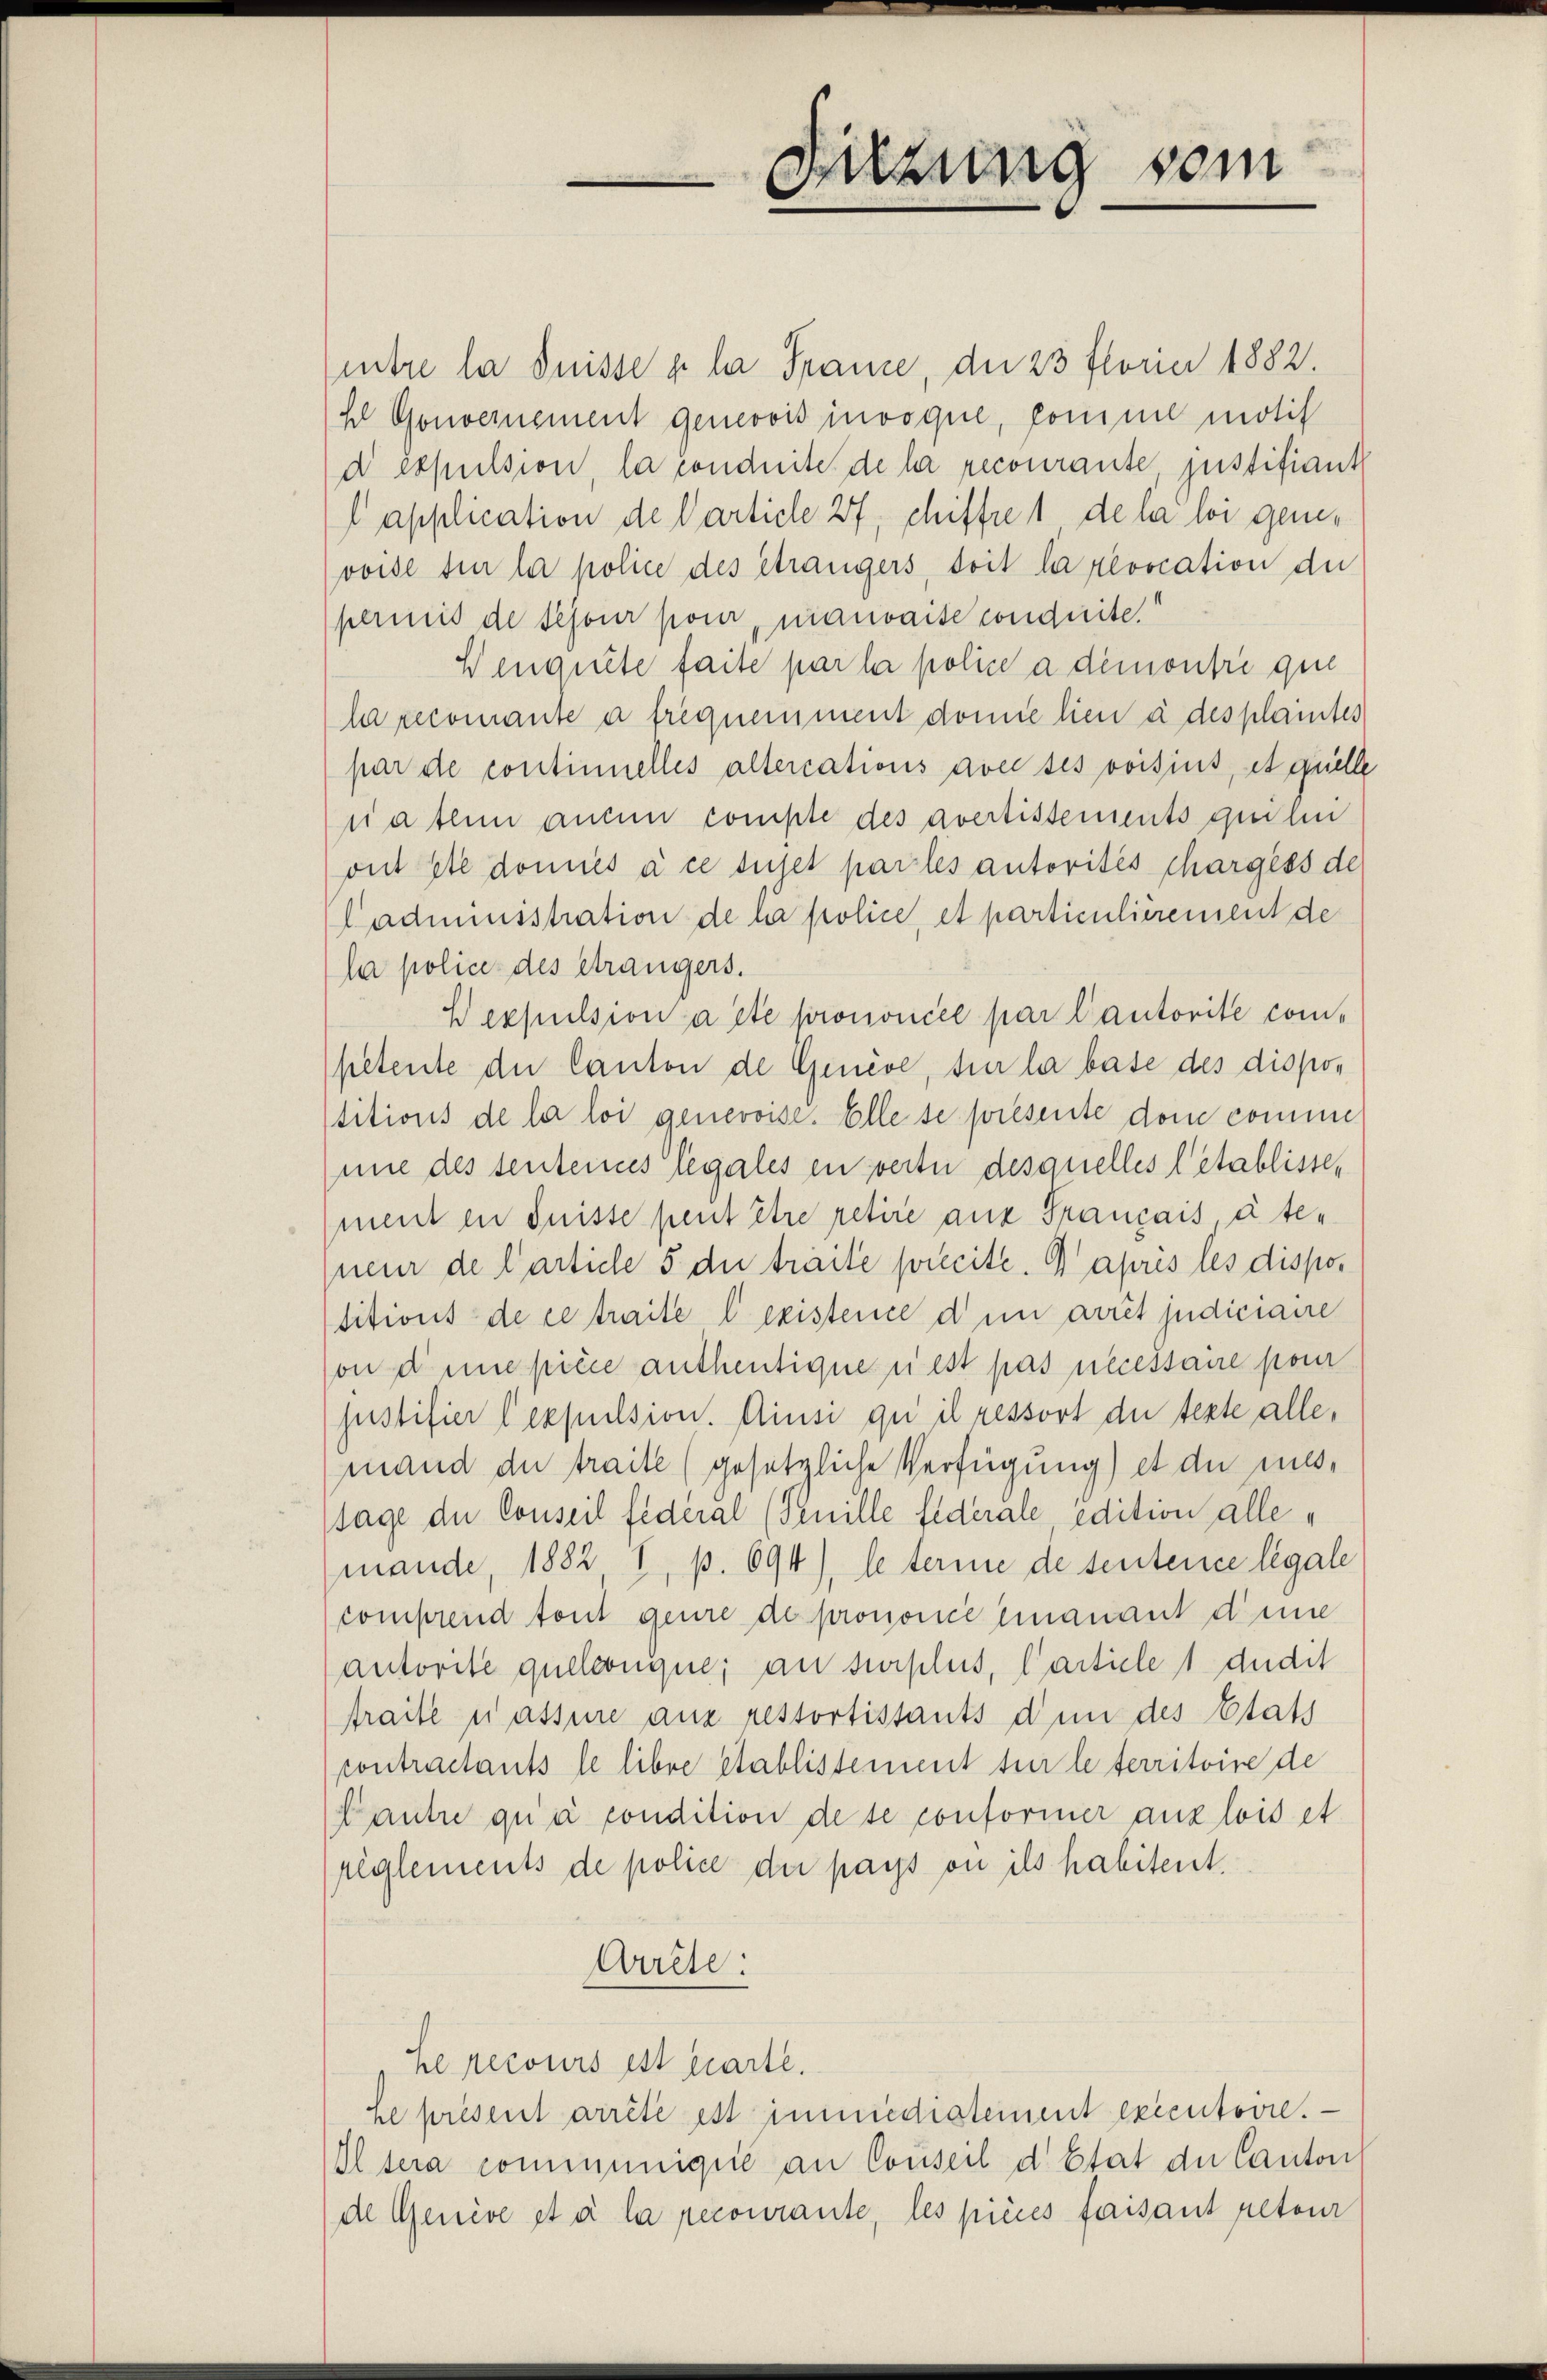
mitre la Suisse a la France, die 23 florie 1882.
hl Gouvernement genevois invoque, komme motif
d expulsion, la conduite de la recourante, justifiant
l application de Particle 27, chiffre 1 de la loi genevoise sie la police des étrangers, doit la revocation der
perinis de sejour pour, mauvaise conduite
Wenquête faite par la police a démontie que
la recomante a frequemment domie lieu à des plaintes
par de continuelles altercations avec ses voisius, et quelle
sia thun anum compte des avertissements quiten
ont été donnés à ce sujet parlés autorités chargess de
ladministration de la police, et particulièrement de
la police des Strangers.
Hexpulsion a été prononcée par Cautorité competente der Canton de Genève, sur la base des dispotitions de la loi genevoise. Elle se présente dem comme
nie des senteines legales en verte desquelles l’établisse,
ment en fuisse peut être retire aus Français, à teneur de Carticle 5 die traite soweite. Daprès les dispos
titions de ce traite lexistence den arrêt judiciaire
on demie pièce anthentique nest pas necessaire pour
justifier lexpulsion. Ainsi qu’ il ressort du texte alle,
mand du traite (gesetzliche Verfügung) et die miestage der Conseil fédéral (Genille Federale edition alle
mande, 1882 I, p. 694), le terinne de sentence légale
comprend tout geure de prononcé Emanant dene
autorité quelconque, an surplus, Carticle 1 dudit
traite nassine aus restortistants d’un des Etats
contractants le libre etablissement für le territoire de
Cautre qu’à condition de se conformer ans lois et
reglements de police der pays ou ils habitent.
Arrete
he recours est parte.
he présent arrêté est immediatement exécutoire.
Il sera communique an Conseil d’Etat der Canton
de Genève et à la recourante, les pièces faisant retour

Dirzung vom